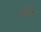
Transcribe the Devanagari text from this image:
अरंजी